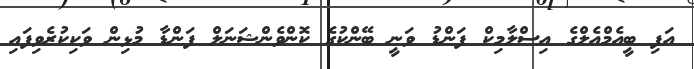
އަފި ބީއެމްއެލްގެ އިސްލާމިކް ފަންޑު ވަނީ ބޭންކުގެ ކޮންވެންޝަނަލް ފަންޑާ މުޅިން ވަކިކުރެވިފައި